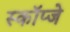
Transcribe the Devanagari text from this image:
स्कॉप्जे